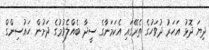
ދިޔަ ދޮޅު އަހަރު ދުވަހުގެ ތެރޭގައި އެކަމަނާގެ ސީދާ ބެއްލެވުމުގެ ދަށުން ހައުސިންގް